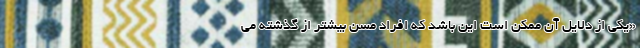
«یکی از دلایل آن ممکن است این باشد که افراد مسن بیشتر از گذشته می